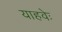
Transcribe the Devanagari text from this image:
याहवेः